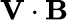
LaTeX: {\mathbf V}\cdot{\mathbf B}